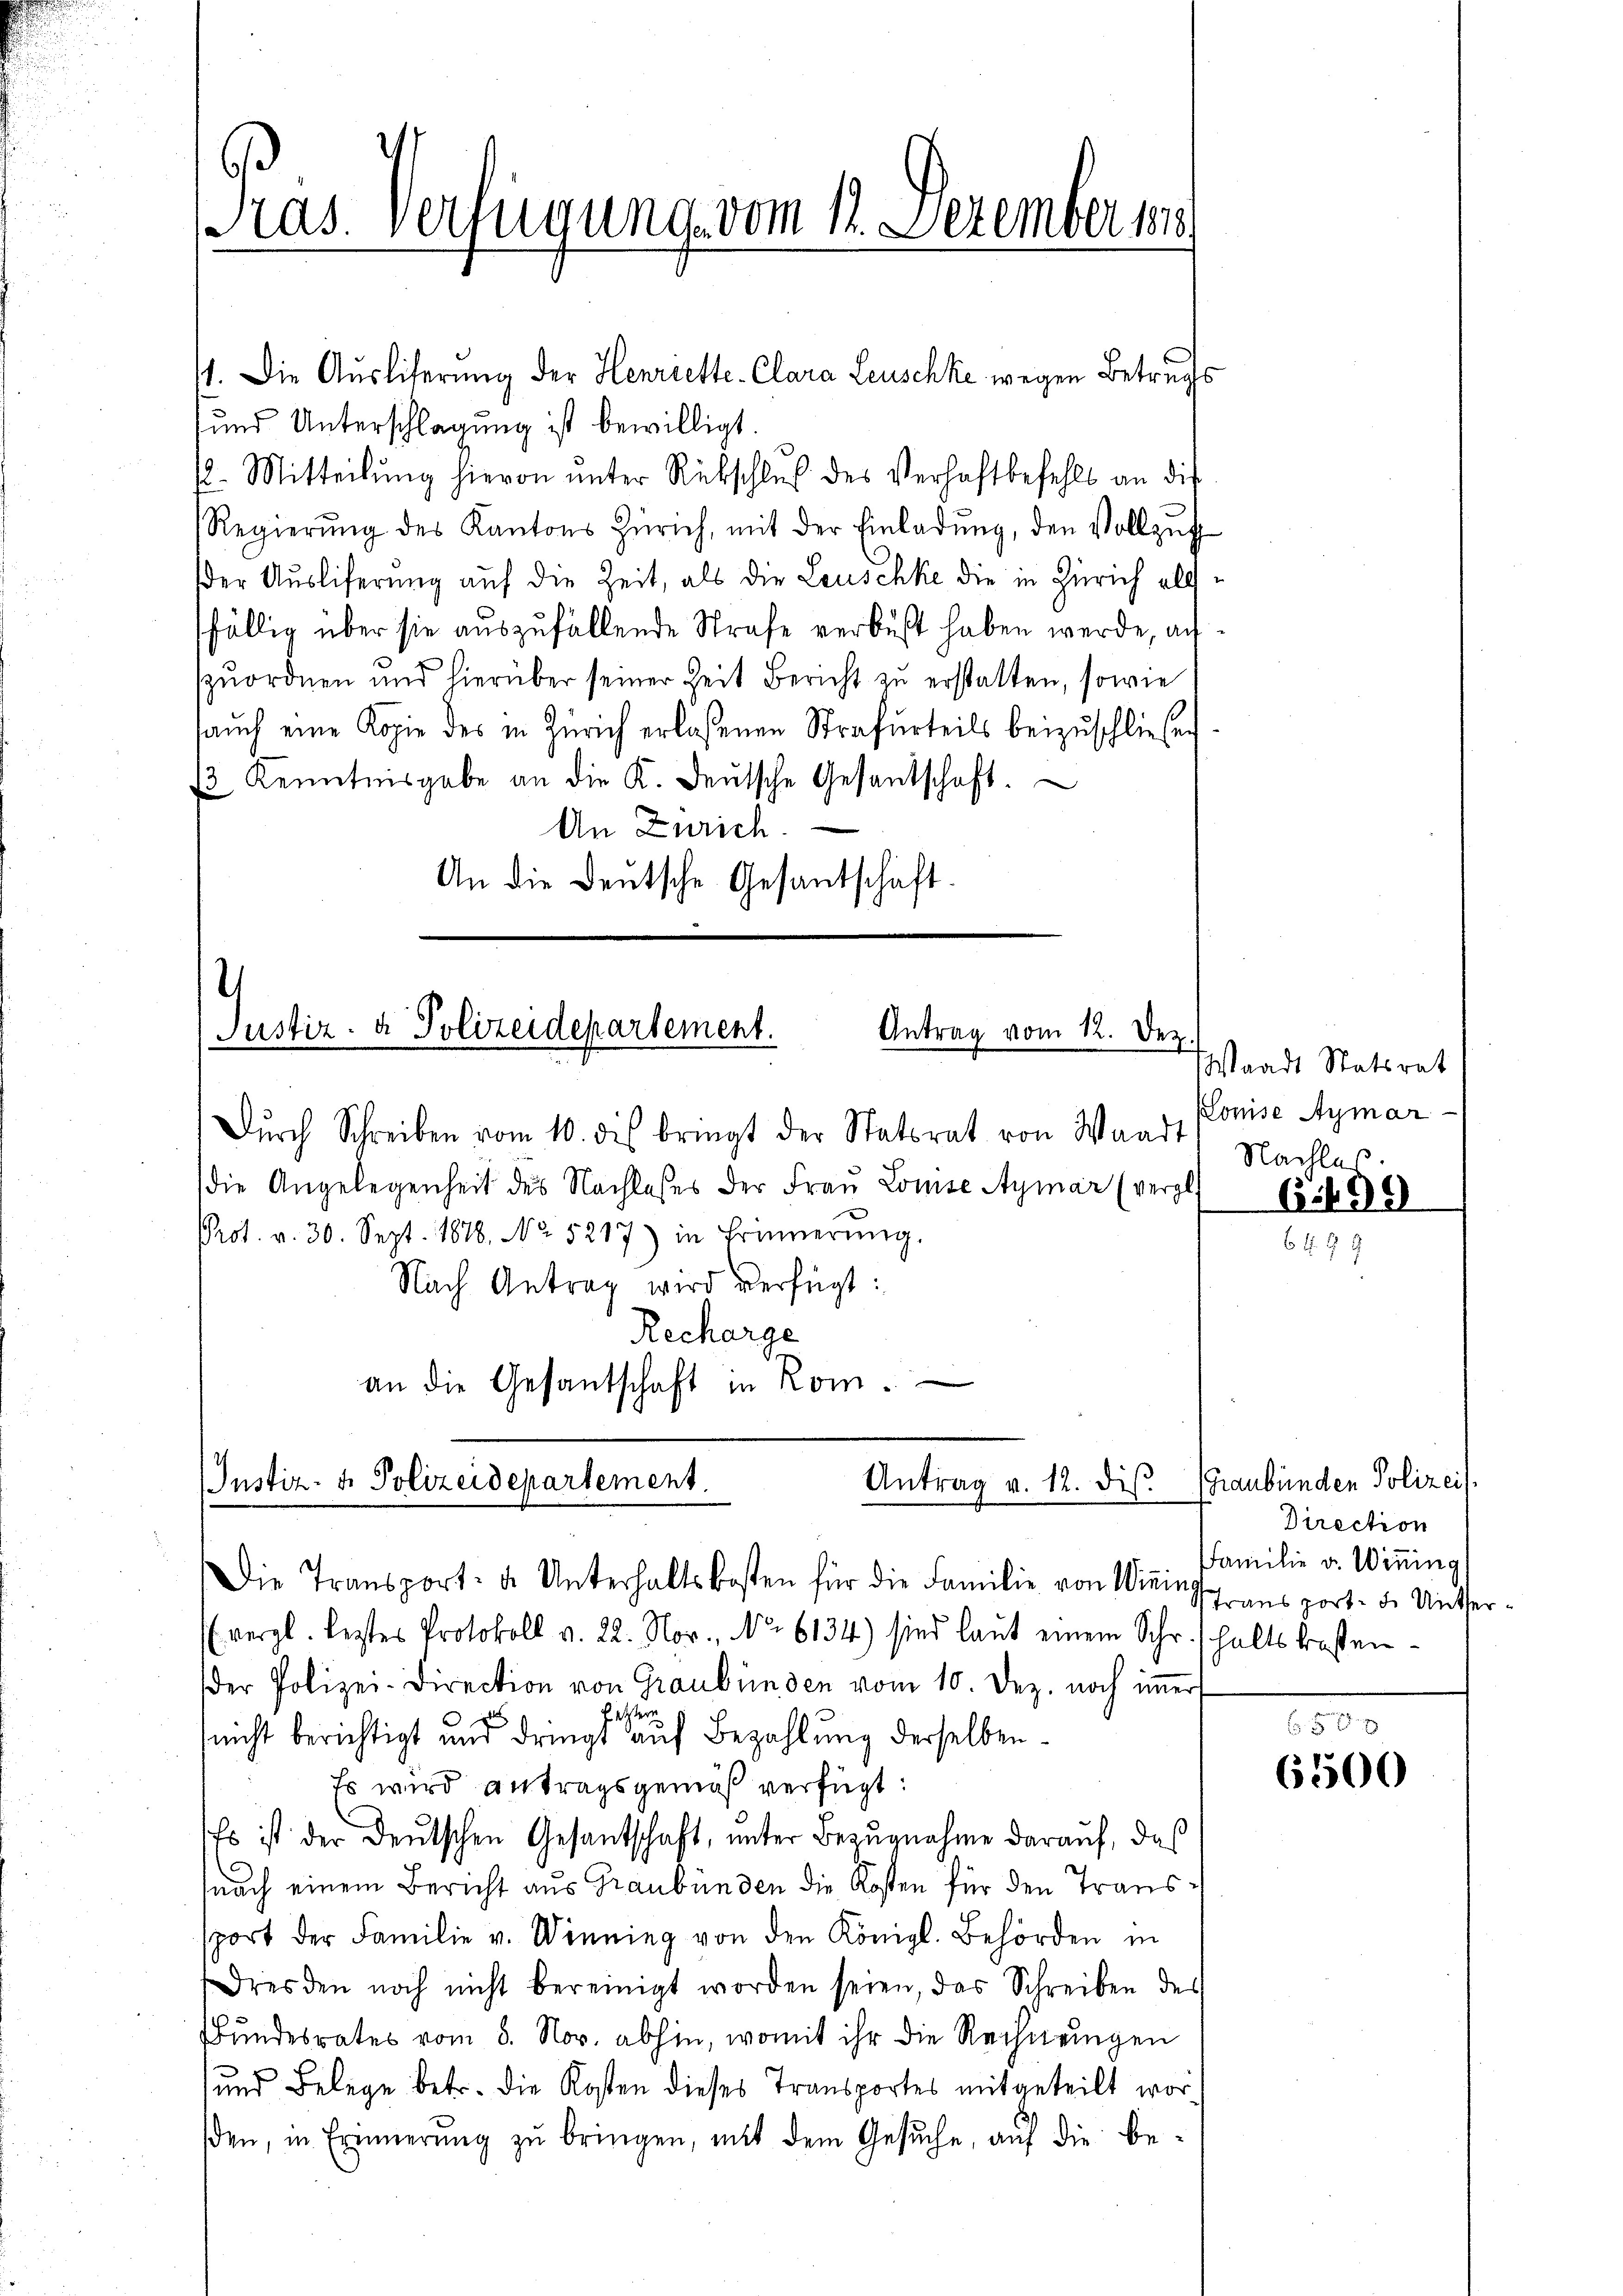
und Unterschlagung ist bewilligt.
(l. Mitteilung hievon unter Rückschluß des Verhaftbefehls an di
Regierŭng des Kantons Zürich, mit der Einladŭng, den Vollzŭg
der Ausliferung auf die Zeit, als die Leuschke die in Zürich allfällig über sie auszufällende Strafe verbüßt haben werde, aufzuordnen und hierüber seiner Zeit Bericht zu erstatten, sowie
aŭch eine Kopie des in Zürich erlassenen Strafurteils beizŭschließen
β Kenntnisgabe an die K. Leŭtsche Gesandtschaft.
An Zürich.
An die deutsche Gesantschaft.

Pras. Verfügung vom 11. Dezember 188

Dŭrch Schreiben vom 10. des bringt der Statsrat von Waadt
die Angelegenheit des Nachlasses der Frau Lomse Aymar (vergl. 65. 498
Prot. v. 30. Sept. 1878. No. 5217) in Erinnerŭng.
Nach Antrag wird verfügt:
Recharge
an die Gesandschaft in Rom.

1. Die Ausliferung der Henriette-Clara Leuschke wegen Betrags

.
Justiz- & Polizeidepartement.
Antrag vom 12. Dez.

Justiz- & Polizeidepartement.
Antrag v. 12. dies. Graubünden Polizei.
Die Transport- u. Unterhaltskosten für die Familie von Wining ansport der Unter-

(vergl. leztes Protokoll v. 22. Nov., No 6134) sind laut einem Schr. haltskosten-
der Polizei-Direction von Graubünden vom 10. Dez. noch immer
letzter
(nicht berichtigt und dringt auf Bezahlung derselben
Es wird antragsgemäß verfügt:
Es ist der Deutschen Gesantschaft, unter Bezugnahme darauf, das
fnach einem Bericht aus Graubünden die Kosten für den Transsport der Familie v. Winnig von den Königl. Behörden in
Dresden noch nicht bereinigt worden seien, das Schreiben des
Bundesrates vom 8. Nov. abhin, womit ihr die Rechnungen
und Belege betr. die Kosten dieses Transportes mitgeteilt worden, in Erinnerung zŭ bringen, mit dem Gesŭche, aŭf die be-

Waadt Statsrat
Louise Aymar-
Nachlas

Direction
Familie v. Wining

x
6500